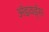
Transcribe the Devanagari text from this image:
ॲडवर्ड्स